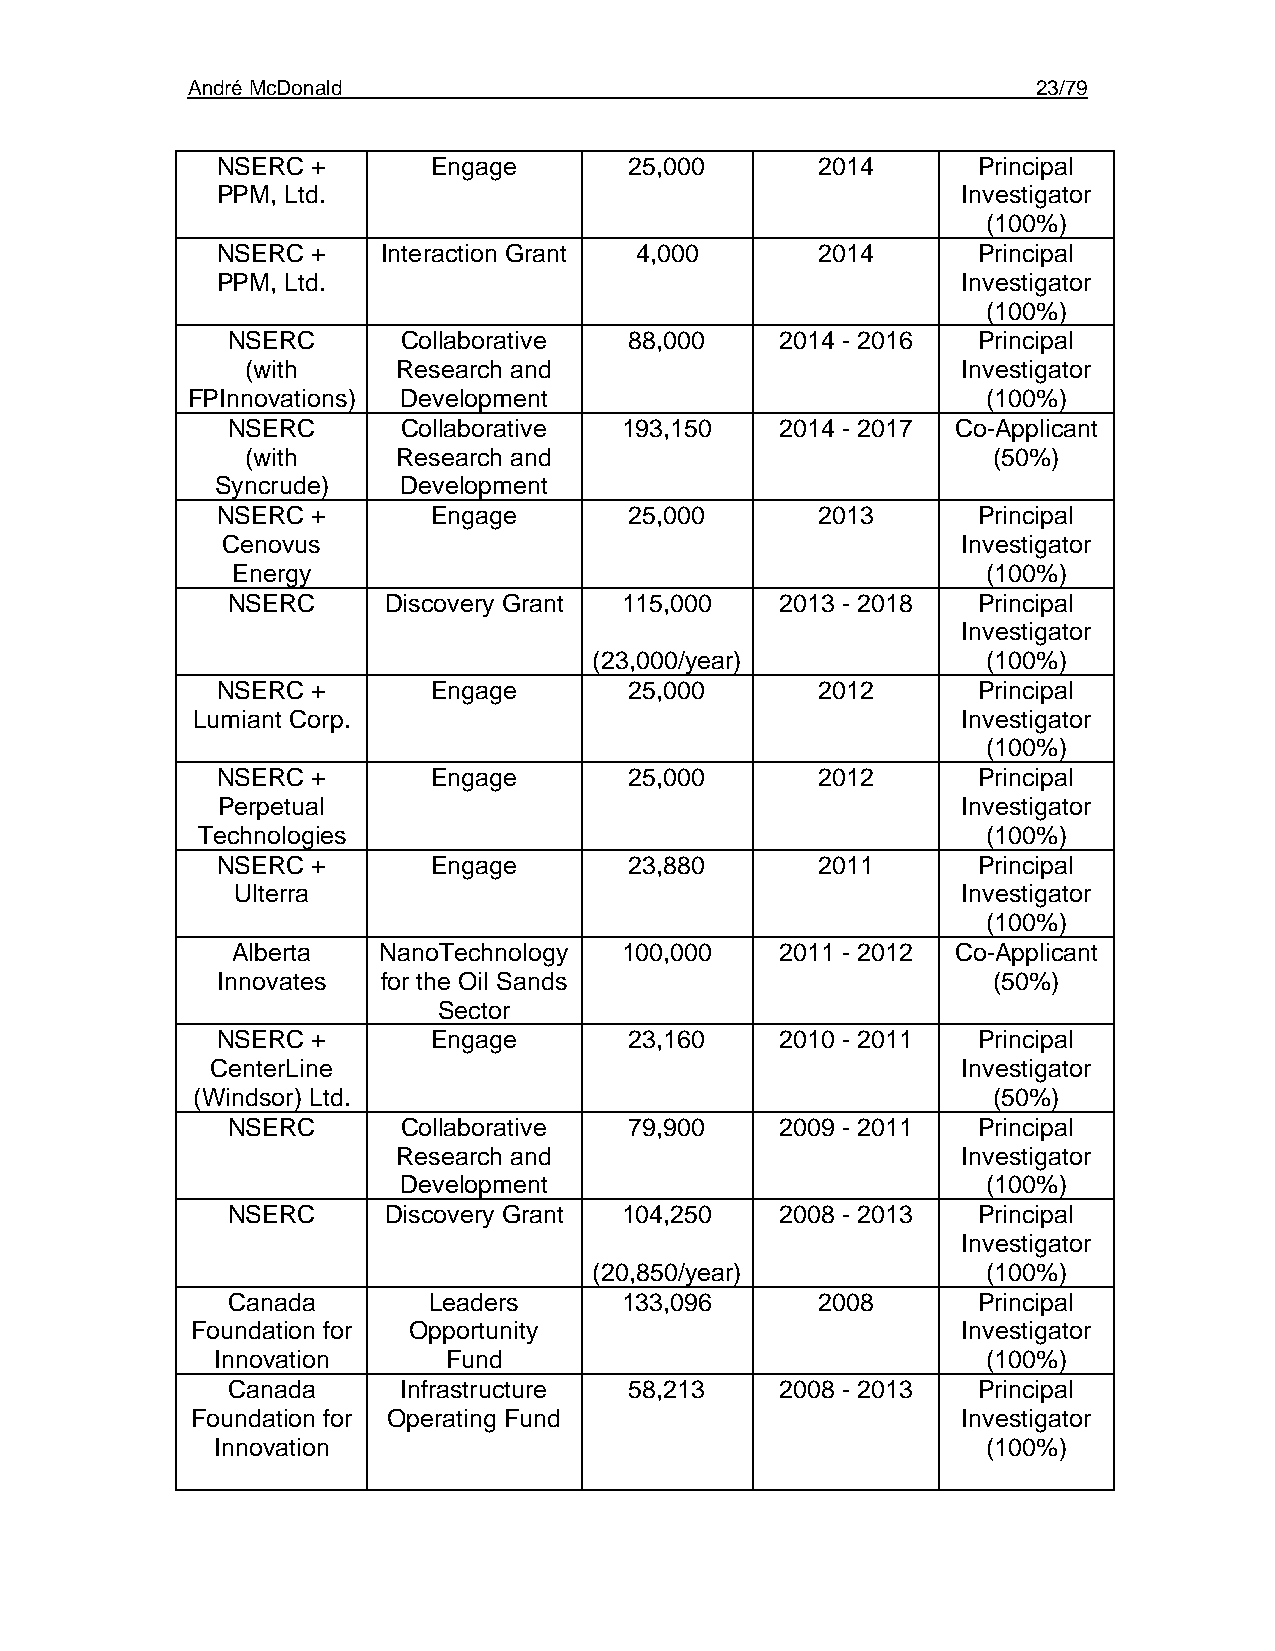
André McDonald                                           23/79
 NSERC  +       Engage       25,000      2014       Principal
 PPM, Ltd.                                         Investigator
 (100%)
 NSERC  +   Interaction Grant 4,000      2014       Principal
 PPM, Ltd.                                         Investigator
 (100%)
 NSERC       Collaborative  88,000    2014 - 2016  Principal
 (with     Research and                          Investigator
 FPInnovations) Development                           (100%)
 NSERC       Collaborative 193,150    2014 - 2017 Co-Applicant
 (with     Research and                            (50%)
 Syncrude)   Development
 NSERC  +       Engage       25,000      2013       Principal
 Cenovus                                          Investigator
 Energy                                            (100%)
 NSERC     Discovery Grant 115,000    2013 - 2018  Principal
 Investigator
 (23,000/year)             (100%)
 NSERC  +       Engage       25,000      2012       Principal
 Lumiant Corp.                                      Investigator
 (100%)
 NSERC  +       Engage       25,000      2012       Principal
 Perpetual                                         Investigator
 Technologies                                        (100%)
 NSERC  +       Engage       23,880      2011       Principal
 Ulterra                                          Investigator
 (100%)
 Alberta   NanoTechnology  100,000    2011 - 2012 Co-Applicant
 Innovates  for the Oil Sands                        (50%)
 Sector
 NSERC  +       Engage       23,160    2010 - 2011  Principal
 CenterLine                                        Investigator
 (Windsor) Ltd.                                       (50%)
 NSERC       Collaborative  79,900    2009 - 2011  Principal
 Research and                          Investigator
 Development                            (100%)
 NSERC     Discovery Grant 104,250    2008 - 2013  Principal
 Investigator
 (20,850/year)             (100%)
 Canada       Leaders      133,096      2008       Principal
 Foundation for Opportunity                         Investigator
 Innovation     Fund                                (100%)
 Canada     Infrastructure  58,213    2008 - 2013  Principal
 Foundation for Operating Fund                      Investigator
 Innovation                                         (100%)